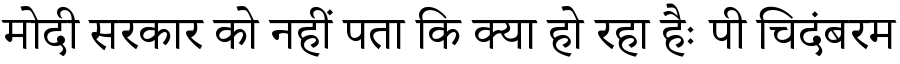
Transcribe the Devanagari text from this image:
मोदी सरकार को नहीं पता कि क्या हो रहा हैः पी चिदंबरम